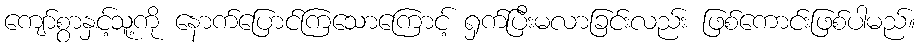
ကျော်စွာနှင့်သူ့ကို နောက်ပြောင်ကြသောကြောင့် ရှက်ပြီးမလာခြင်းလည်း ဖြစ်ကောင်းဖြစ်ပါမည်။